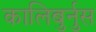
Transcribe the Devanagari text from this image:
कालिबुर्नुस